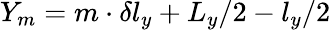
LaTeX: Y_{m}=m\cdot\delta l_{y}+L_{y}/2-l_{y}/2